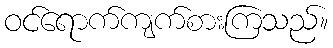
ဝင်ရောက်ကျက်စားကြသည်။